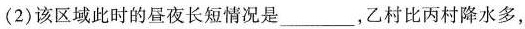
(2)该区域此时的昼夜长短情况是___，乙村比丙村降水多，